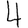
Digit: 4